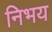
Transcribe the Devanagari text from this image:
निभय